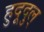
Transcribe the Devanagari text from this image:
हुदूदुल्